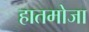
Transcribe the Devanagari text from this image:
हातमोजा